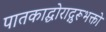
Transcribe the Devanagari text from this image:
पातकाद्घोराद्गुरूभक्तो